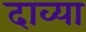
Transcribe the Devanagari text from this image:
दाव्या